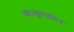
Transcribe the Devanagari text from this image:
था।वूल्वरिन